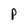
Character: P